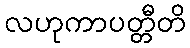
လဟုကာပတ္တီတိ